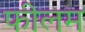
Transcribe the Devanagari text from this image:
फीलम